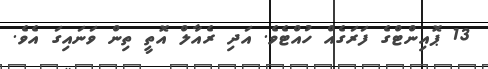
13 ޕޮއިންޓްގެ ފަރަގެއް ހުއްޓެވެ. އަދި ރެއާލް އޮތީ ތިން ވަނައިގަ އެވެ.